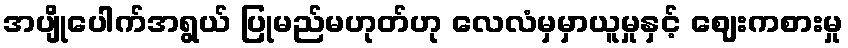
အပျိုပေါက်အရွယ် ပြုမည်မဟုတ်ဟု လေလံမှမှာယူမှုနှင့် ဈေးကစားမှု